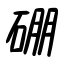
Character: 硼